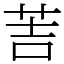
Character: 䓀